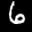
Label: 6